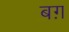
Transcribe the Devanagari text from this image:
बग़